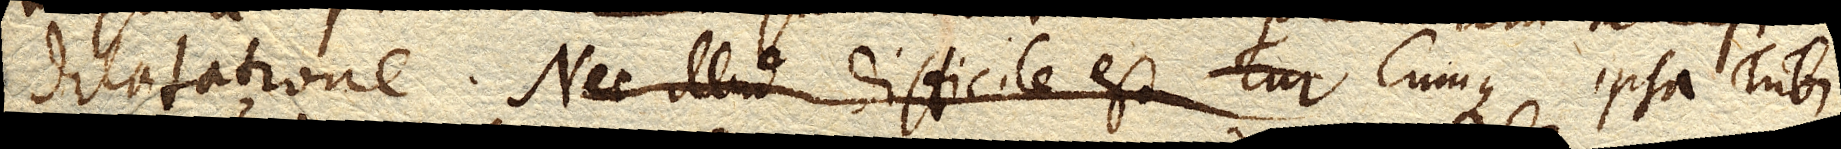
dilatatione. Nec illud difficile est Cur Cumque ipsa Tubi